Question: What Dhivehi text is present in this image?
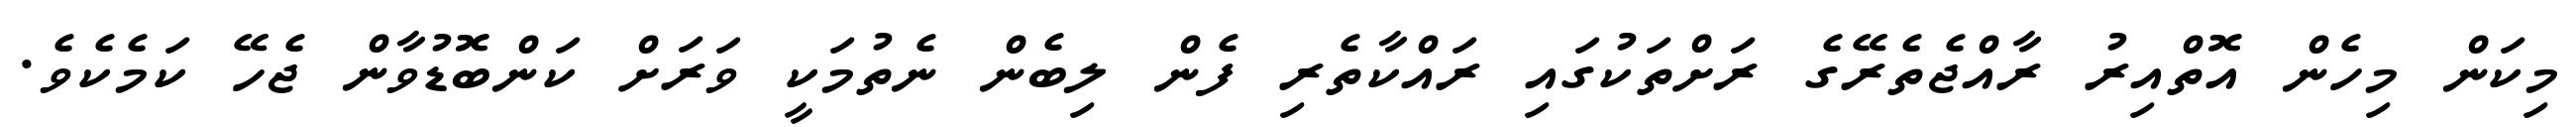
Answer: މިކަން މިހެން އޮތްއިރު ރާއްޖެތެރޭގެ ރަށްތަކުގައި ރައްކާތެރި ފެން ލިބެން ނެތުމަކީ ވަރަށް ކަންބޮޑުވާން ޖެހޭ ކަމެކެވެ.